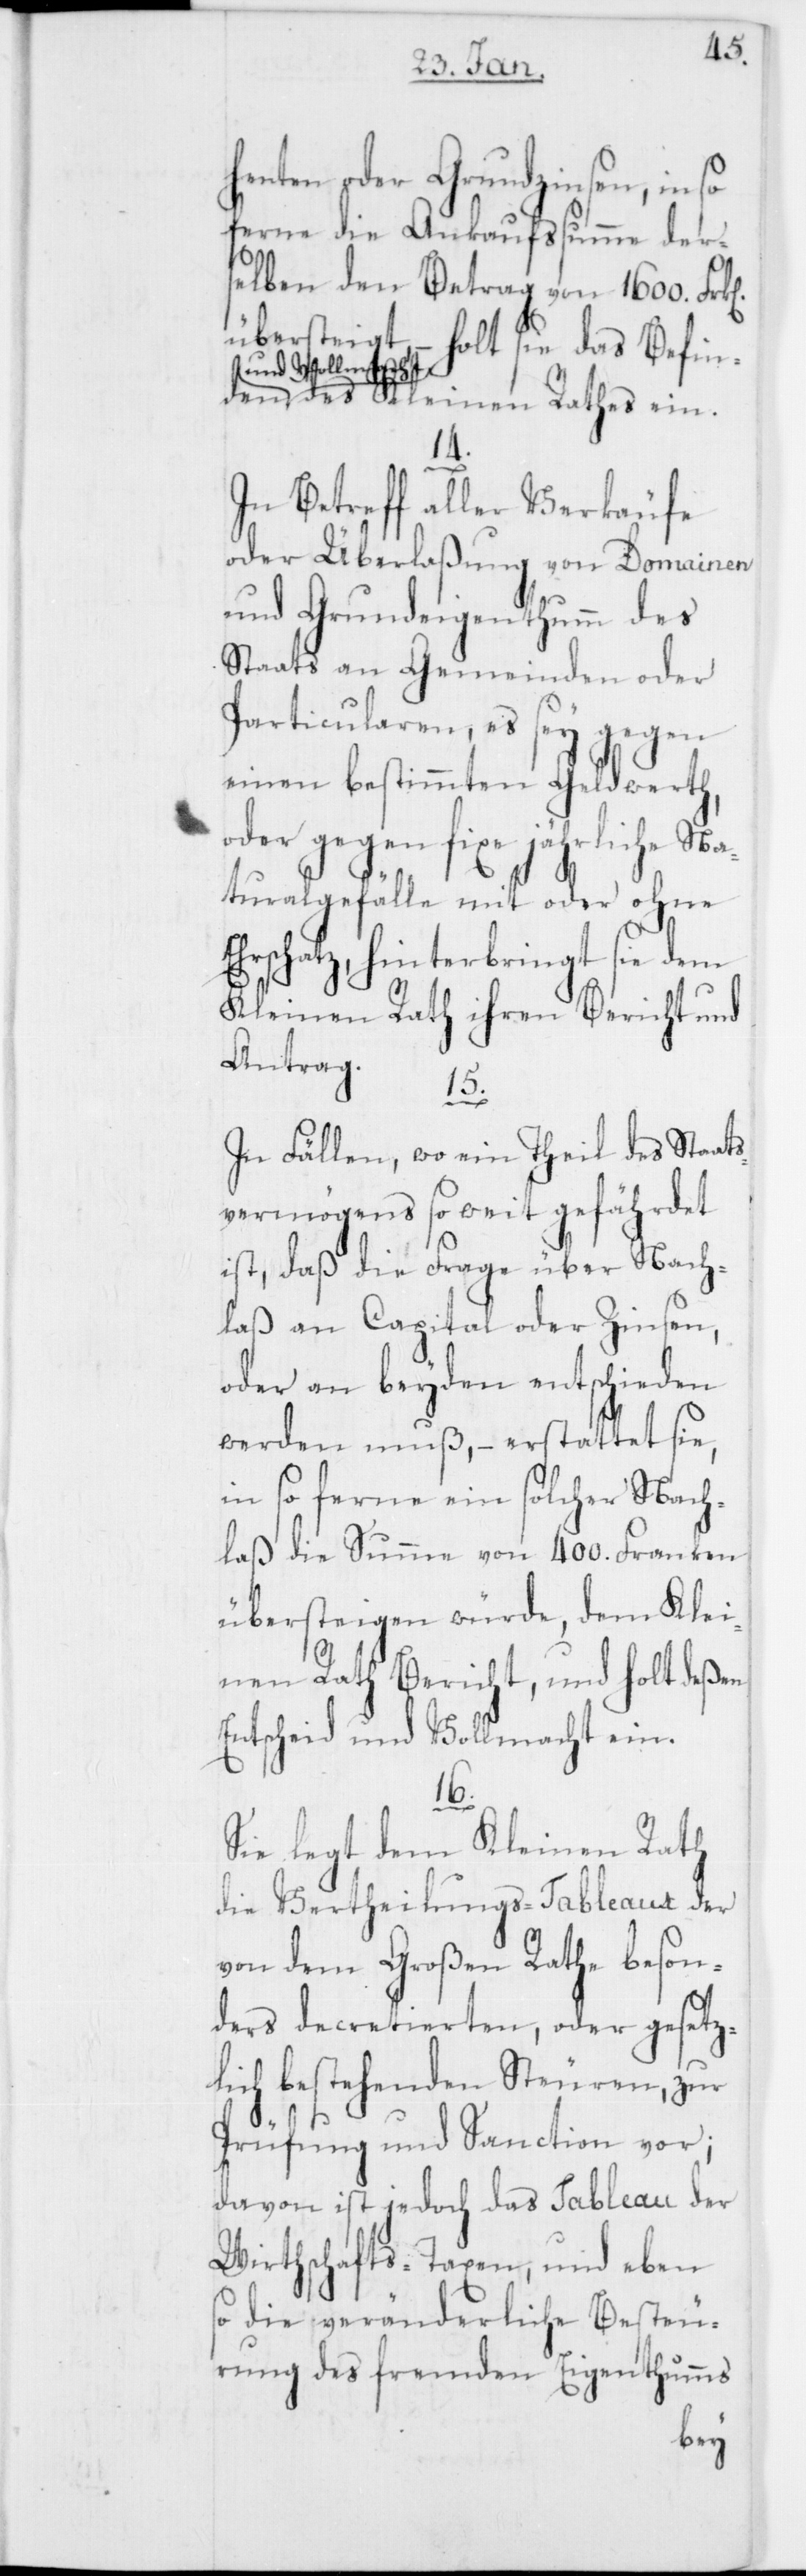
henten oder Grundzinsen, in so
ferne die Ankaufssumme der¬
selben den Betrag von 1600.
übersteigt, – holt sie das Befind¬
en und Vollmach¬
t des Kleinen Rathes ein.
14.
In Betreff aller Verkäufe
oder Überlaßung von Domainen
und Grundeigenthumm des
Staats an Gemeinden oder
Particularen, es sey gegen
einen bestimmten Geldwerth,
oder gegen fixe jährliche Na¬
turalgefälle mit oder ohne
Ehrschatz, hinterbringt sie dem
Kleinen Rath ihren Bericht und
Antrag.
15.
In Fällen, wo ein Theil des Staats¬
vermögens so weit gefährdet
ist, daß die Frage über Nach¬
laß an Capital oder Zinsen,
oder an beyden entschieden
werden muß, – erstattet sie,
in so ferne ein solcher Nach¬
laß die Summe von 400. Franken
übersteigen würde, dem Klei¬
nen Rath Bericht, und holt deßen
Entscheid und Vollmacht ein.
16.
Sie legt dem Kleinen Rath
die Vertheilungs-Tableaux der
von dem Großen Rathe beson¬
ders decretierten, oder gesetz¬
lich bestehenden Steuren, zur
Prüfung und Sanction vor;
davon ist jedoch das Tableau der
Wirthschafts-Taxen, und eben
so die veränderliche Besteu¬
rung des fremden Eigenthumms